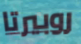
روبيرتا